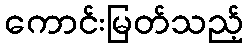
ကောင်းမြတ်သည့်